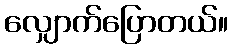
လျှောက်ပြောတယ်။